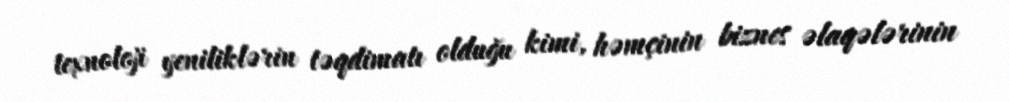
texnoloji yeniliklərin təqdimatı olduğu kimi, həmçinin biznes əlaqələrinin